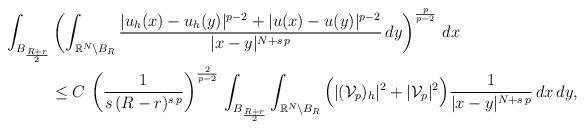
LaTeX: \begin{align*}\int_{B_\frac{R+r}{2}}&\left(\int_{\mathbb{R}^N\setminus B_R} \frac{|u_h(x)-u_h(y)|^{p-2}+|u(x)-u(y)|^{p-2}}{|x-y|^{N+s\,p}}\,dy\right)^\frac{p}{p-2}\,dx\\&\le C\,\left(\frac{1}{s\,(R-r)^{s\,p}}\right)^\frac{2}{p-2}\,\int_{B_\frac{R+r}{2}}\int_{\mathbb{R}^N\setminus B_R} \Big(|(\mathcal{V}_{p})_h|^2+|\mathcal{V}_{p}|^2\Big)\frac{1}{|x-y|^{N+s\,p}}\,dx\,dy,\end{align*}